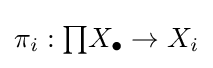
\pi _{i}:{\textstyle \prod }X_{\bullet }\to X_{i}